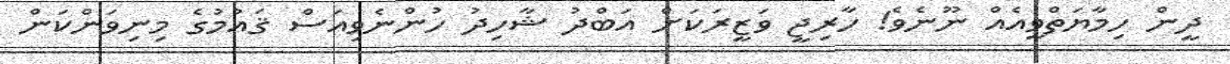
ދީން ހިމާޔަތްވީއެއް ނޫނެވެ! ހާރިޖީ ވަޒީރަކަށް އަބްދު ޝާހިދު ހުންނެވިއަސް ޤައުމުގެ މިނިވަންކަން